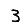
Digit: 3